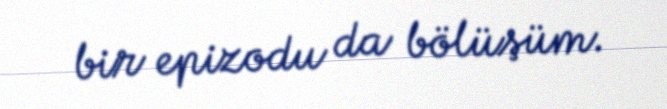
bir epizodu da bölüşüm.